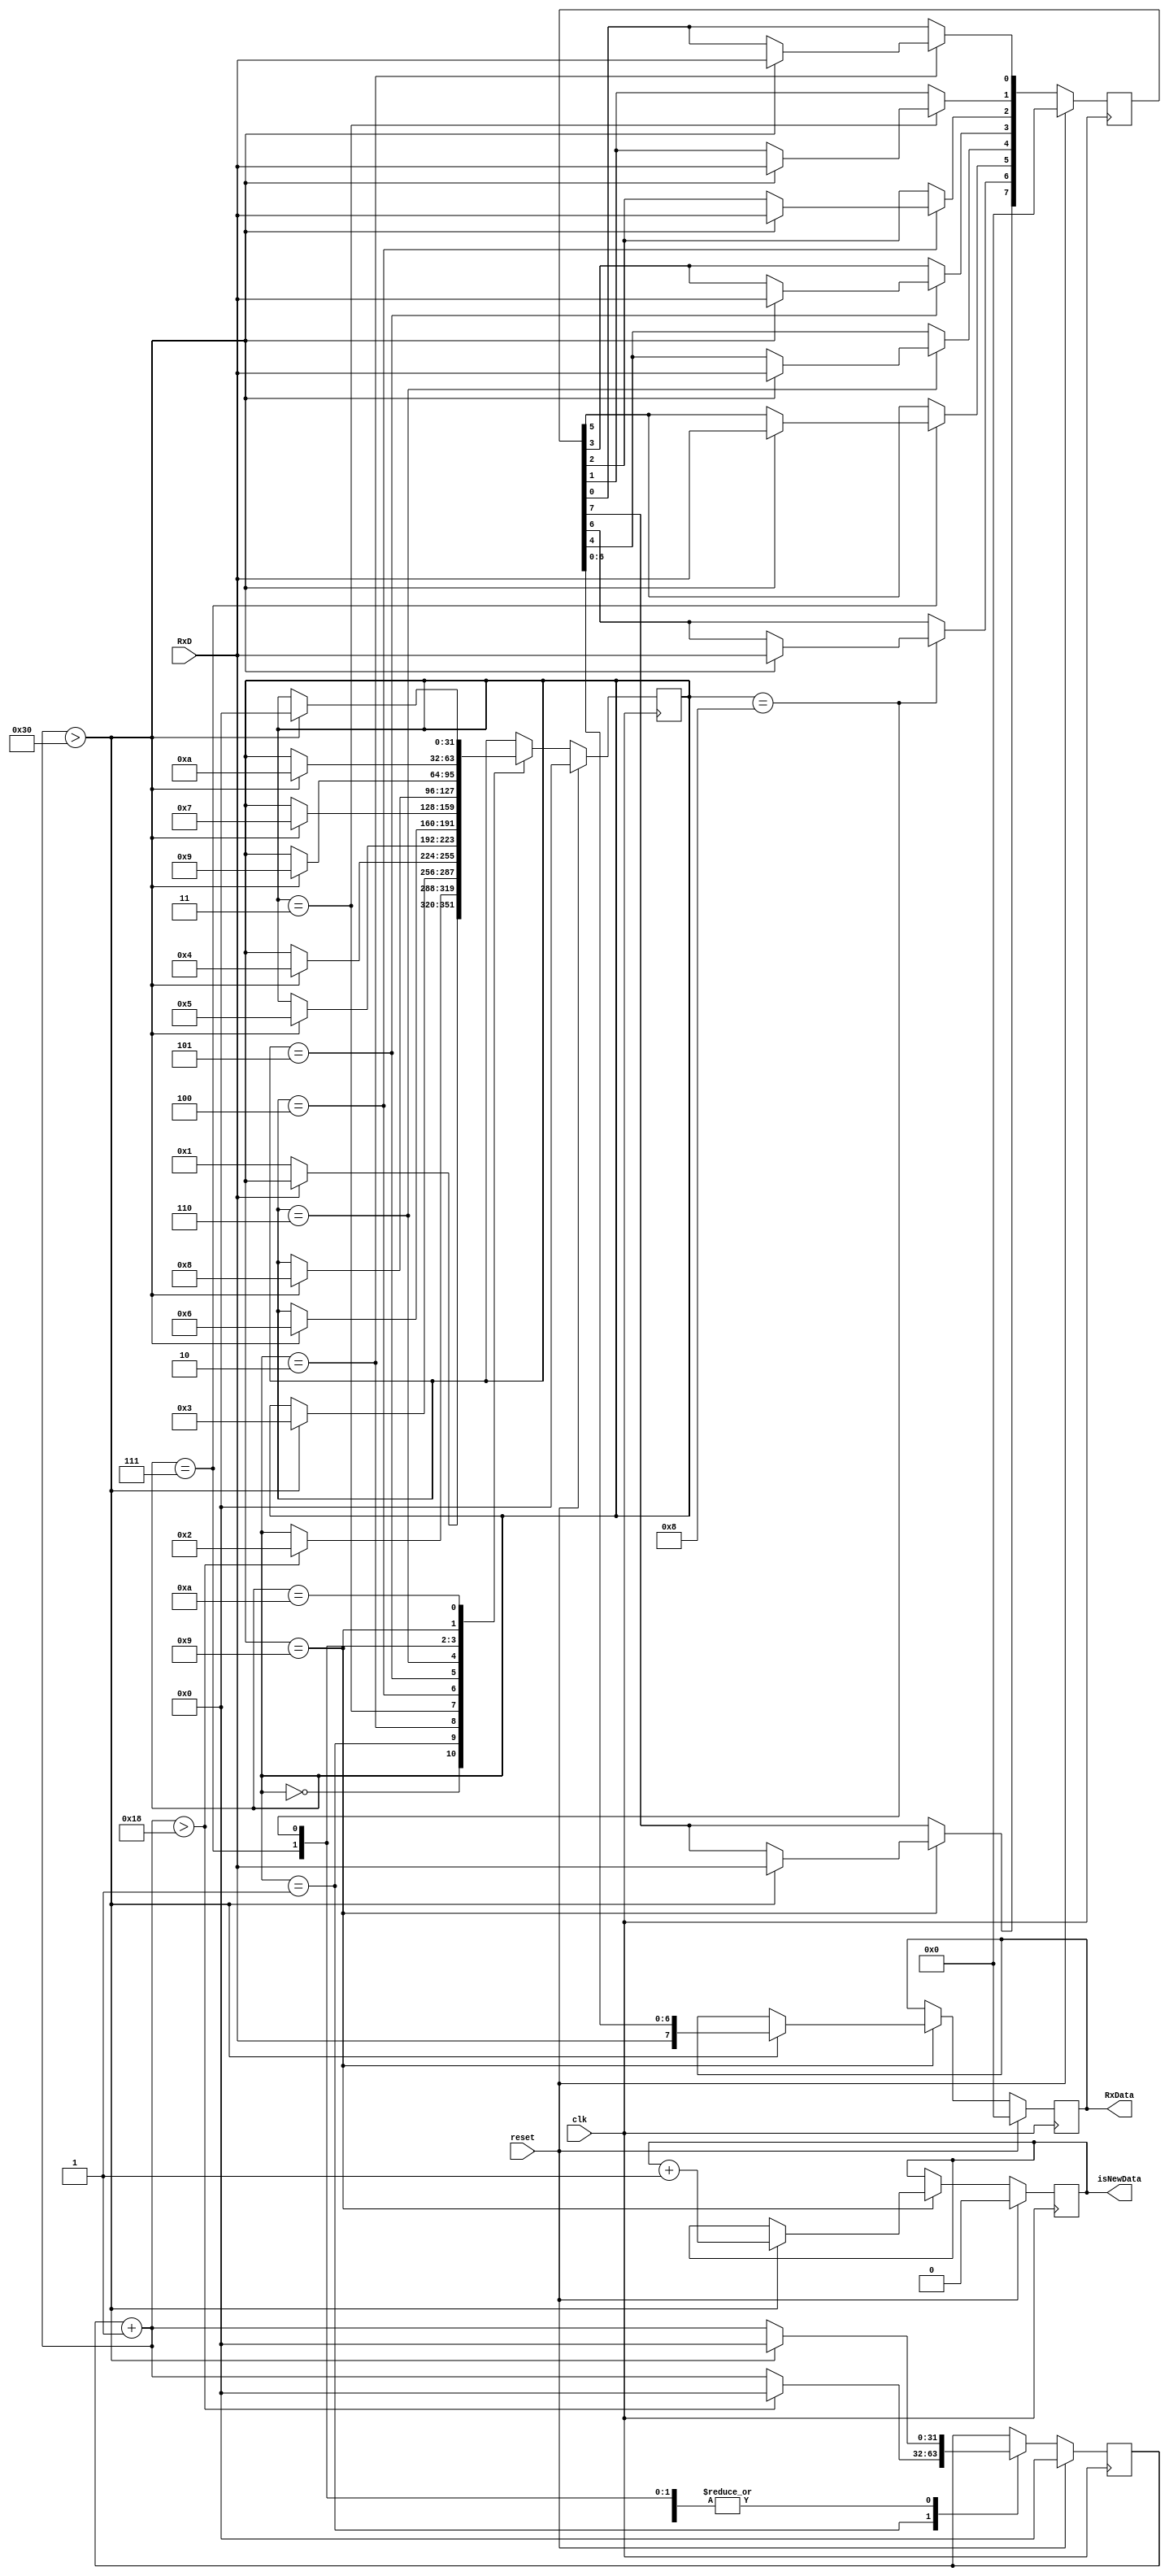
`timescale 1ns / 1ps
//////////////////////////////////////////////////////////////////////////////////
// Company: IITGn
// 
// Design Name: 
// Module Name: Receiver
// Project Name: 
// Target Devices: 
// Tool Versions: 
// Description: 
// 
// Dependencies: 
// 
// Revision:
// Revision 0.01 - File Created
// Additional Comments:
// 
//////////////////////////////////////////////////////////////////////////////////



module Receiver_V (

    clk,  //input clock
    reset,  //input reset 
    RxD,  //input receving data line
    RxData,  // output for 8 bits data
    isNewData  //changes value 
);

  parameter W5Frequency = 6_250_000;
  parameter baudRate = 128000;
  parameter samplingInterval = W5Frequency / baudRate;
  parameter halfSamplingInterval = samplingInterval / 2;


  input clk;
  input reset;
  input RxD;
  output reg [7:0] RxData;

  reg [31:0] state;
  reg [31:0] sequenceCounter;

  reg [ 7:0] data;
  output reg isNewData;

  always @(posedge clk) begin
    if (reset) begin
      state = 0;
      data = 0;
      sequenceCounter = 0;
      isNewData = 0;
      RxData=0;

    end else begin


      case (state)
        0: begin
          if (RxD == 0) begin
            state = 1;
          end
        end
        1: begin
          //start bit
          sequenceCounter = sequenceCounter + 1;
          if (sequenceCounter > halfSamplingInterval) begin
            sequenceCounter = 0;
            state = 2;
          end else begin
            //do nothing
          end
        end
        2: begin
          //first bit
          sequenceCounter = sequenceCounter + 1;
          if (sequenceCounter > samplingInterval) begin
            sequenceCounter = 0;
            state = 3;
            data[0] = RxD;
          end else begin
            //do nothing
          end
        end
        3: begin
          //second bit
          sequenceCounter = sequenceCounter + 1;
          if (sequenceCounter > samplingInterval) begin
            sequenceCounter = 0;
            state = 4;
            data[1] = RxD;
          end else begin
            //do nothing
          end
        end
        4: begin
          //thrid bit
          sequenceCounter = sequenceCounter + 1;
          if (sequenceCounter > samplingInterval) begin
            sequenceCounter = 0;
            state = 5;
            data[2] = RxD;
          end else begin
            //do nothing
          end
        end
        5: begin
          //fourth bit
          sequenceCounter = sequenceCounter + 1;
          if (sequenceCounter > samplingInterval) begin
            sequenceCounter = 0;
            state = 6;
            data[3] = RxD;
          end else begin
            //do nothing
          end
        end
        6: begin
          //fifth bit
          sequenceCounter = sequenceCounter + 1;
          if (sequenceCounter > samplingInterval) begin
            sequenceCounter = 0;
            state = 7;
            data[4] = RxD;
          end else begin
            //do nothing
          end
        end
        7: begin
          //sixth bit
          sequenceCounter = sequenceCounter + 1;
          if (sequenceCounter > samplingInterval) begin
            sequenceCounter = 0;
            state = 8;
            data[5] = RxD;
          end else begin
            //do nothing
          end
        end
        8: begin
          //seventh bit
          sequenceCounter = sequenceCounter + 1;
          if (sequenceCounter > samplingInterval) begin
            sequenceCounter = 0;
            state = 9;
            data[6] = RxD;
          end else begin
            //do nothing
          end
        end
        9: begin
          //eight bit
          sequenceCounter = sequenceCounter + 1;
          if (sequenceCounter > samplingInterval) begin
            sequenceCounter = 0;
            state = 10;
            data[7] = RxD;
            RxData = data;
            isNewData = isNewData + 1;
          end else begin
            //do nothing
          end
        end
        10: begin
          //reset
          sequenceCounter = sequenceCounter + 1;
          if (sequenceCounter > samplingInterval) begin
            sequenceCounter = 0;
            state = 0;
          end else begin
            //do nothing
          end
        end
        default: begin
          //
        end
      endcase


    end

  end




endmodule